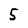
Character: 5